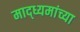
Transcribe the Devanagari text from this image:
माद्ध्यमांच्या